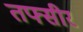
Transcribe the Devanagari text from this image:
तफ्सीर